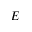
E